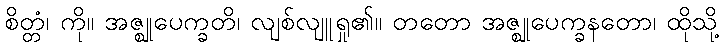
စိတ္တံ၊ ကို။ အဇ္ဈုပေက္ခတိ၊ လျစ်လျူရှု၏။ တတော အဇ္ဈုပေက္ခနတော၊ ထိုသို့